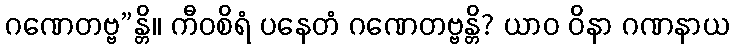
ဂဏေတဗ္ဗ”န္တိ။ ကီဝစိရံ ပနေတံ ဂဏေတဗ္ဗန္တိ? ယာဝ ဝိနာ ဂဏနာယ